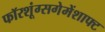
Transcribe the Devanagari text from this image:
फॉरशूंग्सगेमेंशाफ्ट